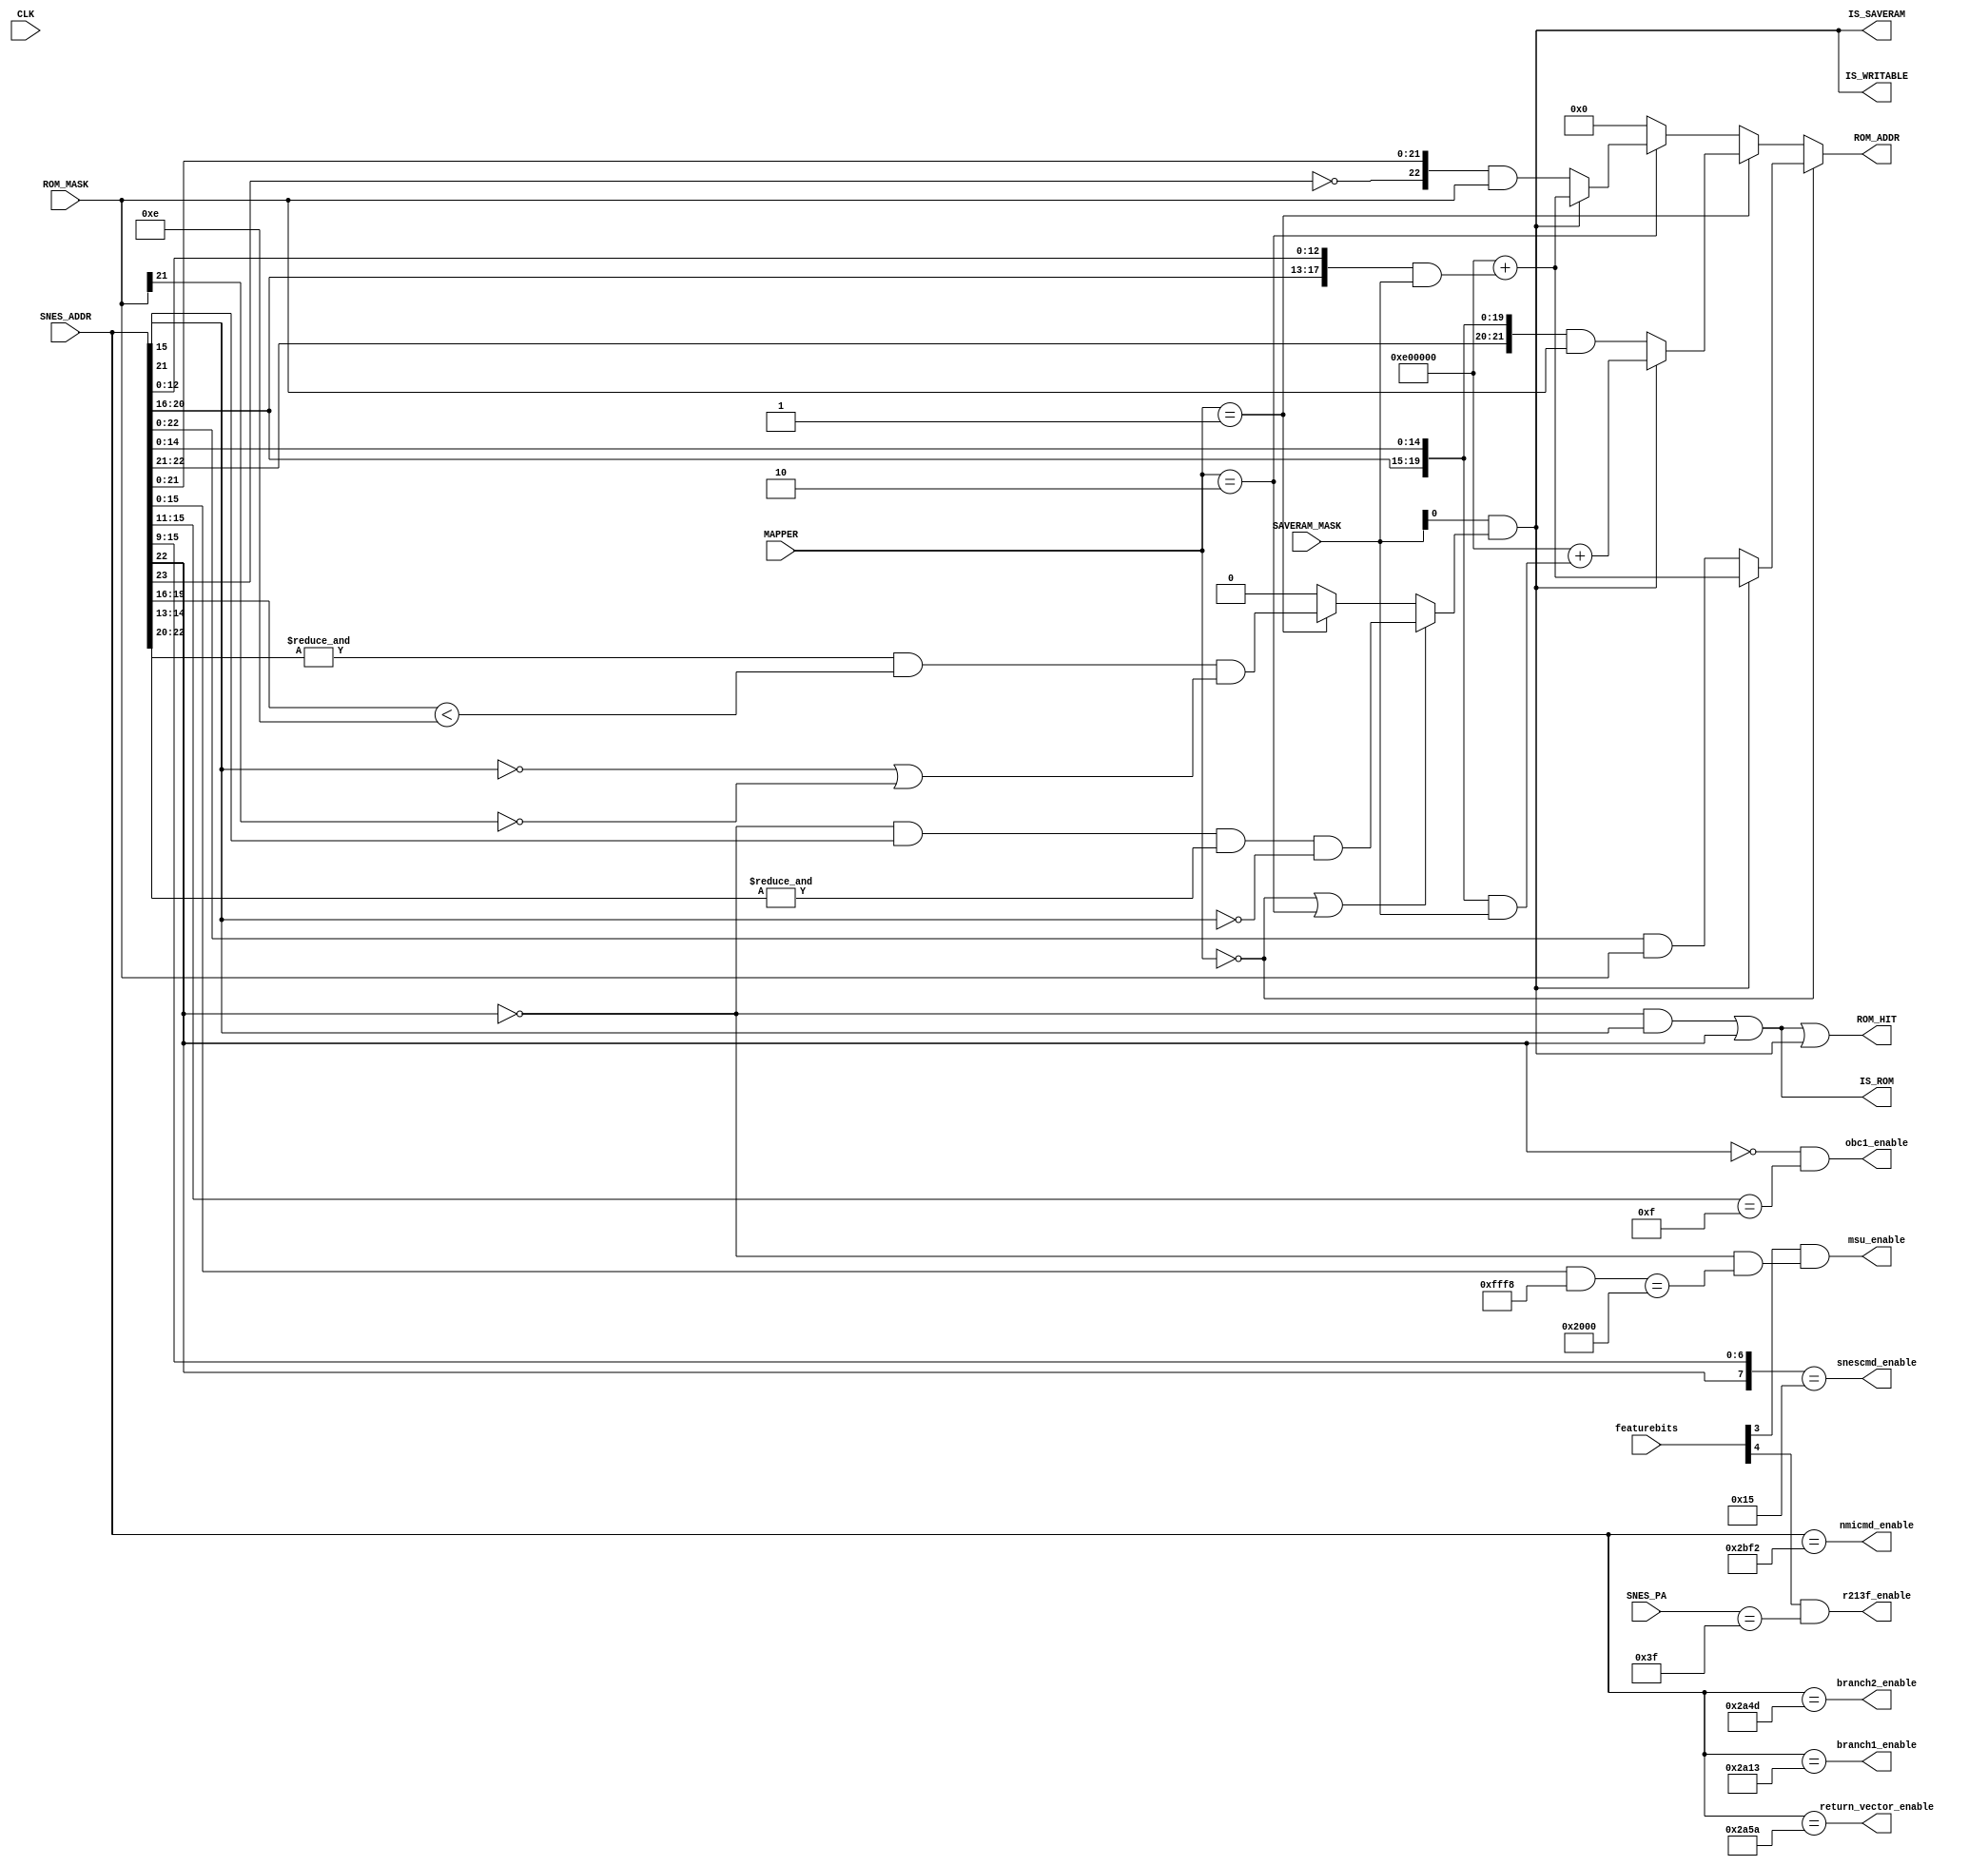
module address_2(
  input CLK,
  input [7:0] featurebits,  
  input [2:0] MAPPER,       
  input [23:0] SNES_ADDR,   
  input [7:0] SNES_PA,      
  output [23:0] ROM_ADDR,   
  output ROM_HIT,           
  output IS_SAVERAM,        
  output IS_ROM,            
  output IS_WRITABLE,       
  input [23:0] SAVERAM_MASK,
  input [23:0] ROM_MASK,
  output msu_enable,
  output r213f_enable,
  output snescmd_enable,
  output nmicmd_enable,
  output return_vector_enable,
  output branch1_enable,
  output branch2_enable,
  output obc1_enable
);
parameter [2:0]
  FEAT_MSU1 = 3,
  FEAT_213F = 4
;
wire [23:0] SRAM_SNES_ADDR;
assign IS_ROM = ((!SNES_ADDR[22] & SNES_ADDR[15])
                 |(SNES_ADDR[22]));
assign IS_SAVERAM = SAVERAM_MASK[0]
                    &(((MAPPER == 3'b000
                     || MAPPER == 3'b010)
                      ? (!SNES_ADDR[22]
                         & SNES_ADDR[21]
                         & &SNES_ADDR[14:13]
                         & !SNES_ADDR[15]
                        )
                      :(MAPPER == 3'b001)
                      ? (&SNES_ADDR[22:20]
                         & (SNES_ADDR[19:16] < 4'b1110)
                         & (~SNES_ADDR[15] | ~ROM_MASK[21])
                        )
                      : 1'b0));
assign IS_WRITABLE = IS_SAVERAM;
assign SRAM_SNES_ADDR = ((MAPPER == 3'b000)
                          ?(IS_SAVERAM
                            ? 24'hE00000 + ({SNES_ADDR[20:16], SNES_ADDR[12:0]}
                                            & SAVERAM_MASK)
                            : ({1'b0, SNES_ADDR[22:0]} & ROM_MASK))
                        :(MAPPER == 3'b001)
                          ?(IS_SAVERAM
                            ? 24'hE00000 + ({SNES_ADDR[20:16], SNES_ADDR[14:0]}
                                            & SAVERAM_MASK)
                            : ({2'b00, SNES_ADDR[22:16], SNES_ADDR[14:0]}
                               & ROM_MASK))
                        :(MAPPER == 3'b010)
                          ?(IS_SAVERAM
                            ? 24'hE00000 + ({SNES_ADDR[20:16], SNES_ADDR[12:0]}
                                            & SAVERAM_MASK)
                            : ({1'b0, !SNES_ADDR[23], SNES_ADDR[21:0]}
                               & ROM_MASK))
                        : 24'b0);
assign ROM_ADDR = SRAM_SNES_ADDR;
assign ROM_SEL = 1'b0;
assign ROM_HIT = IS_ROM | IS_WRITABLE;
assign msu_enable = featurebits[FEAT_MSU1] & (!SNES_ADDR[22] && ((SNES_ADDR[15:0] & 16'hfff8) == 16'h2000));
assign r213f_enable = featurebits[FEAT_213F] & (SNES_PA == 8'h3f);
assign obc1_enable = (~SNES_ADDR[22]) & (SNES_ADDR[15:11] == 5'b01111);
assign snescmd_enable = ({SNES_ADDR[22], SNES_ADDR[15:9]} == 8'b0_0010101);
assign nmicmd_enable = (SNES_ADDR == 24'h002BF2);
assign return_vector_enable = (SNES_ADDR == 24'h002A5A);
assign branch1_enable = (SNES_ADDR == 24'h002A13);
assign branch2_enable = (SNES_ADDR == 24'h002A4D);
endmodule